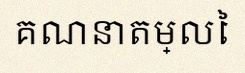
គណនាតម្លៃ